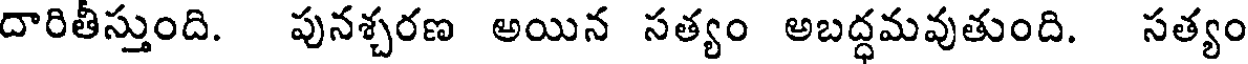
దారితీస్తుంది. పునశ్చరణ అయిన సత్యం అబద్ధమవుతుంది. సత్యం